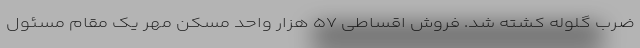
ضرب گلوله کشته شد. فروش اقساطی ۵۷ هزار واحد مسکن مهر یک مقام مسئول